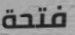
فتحة